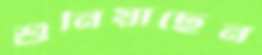
শুনিয়াছেন